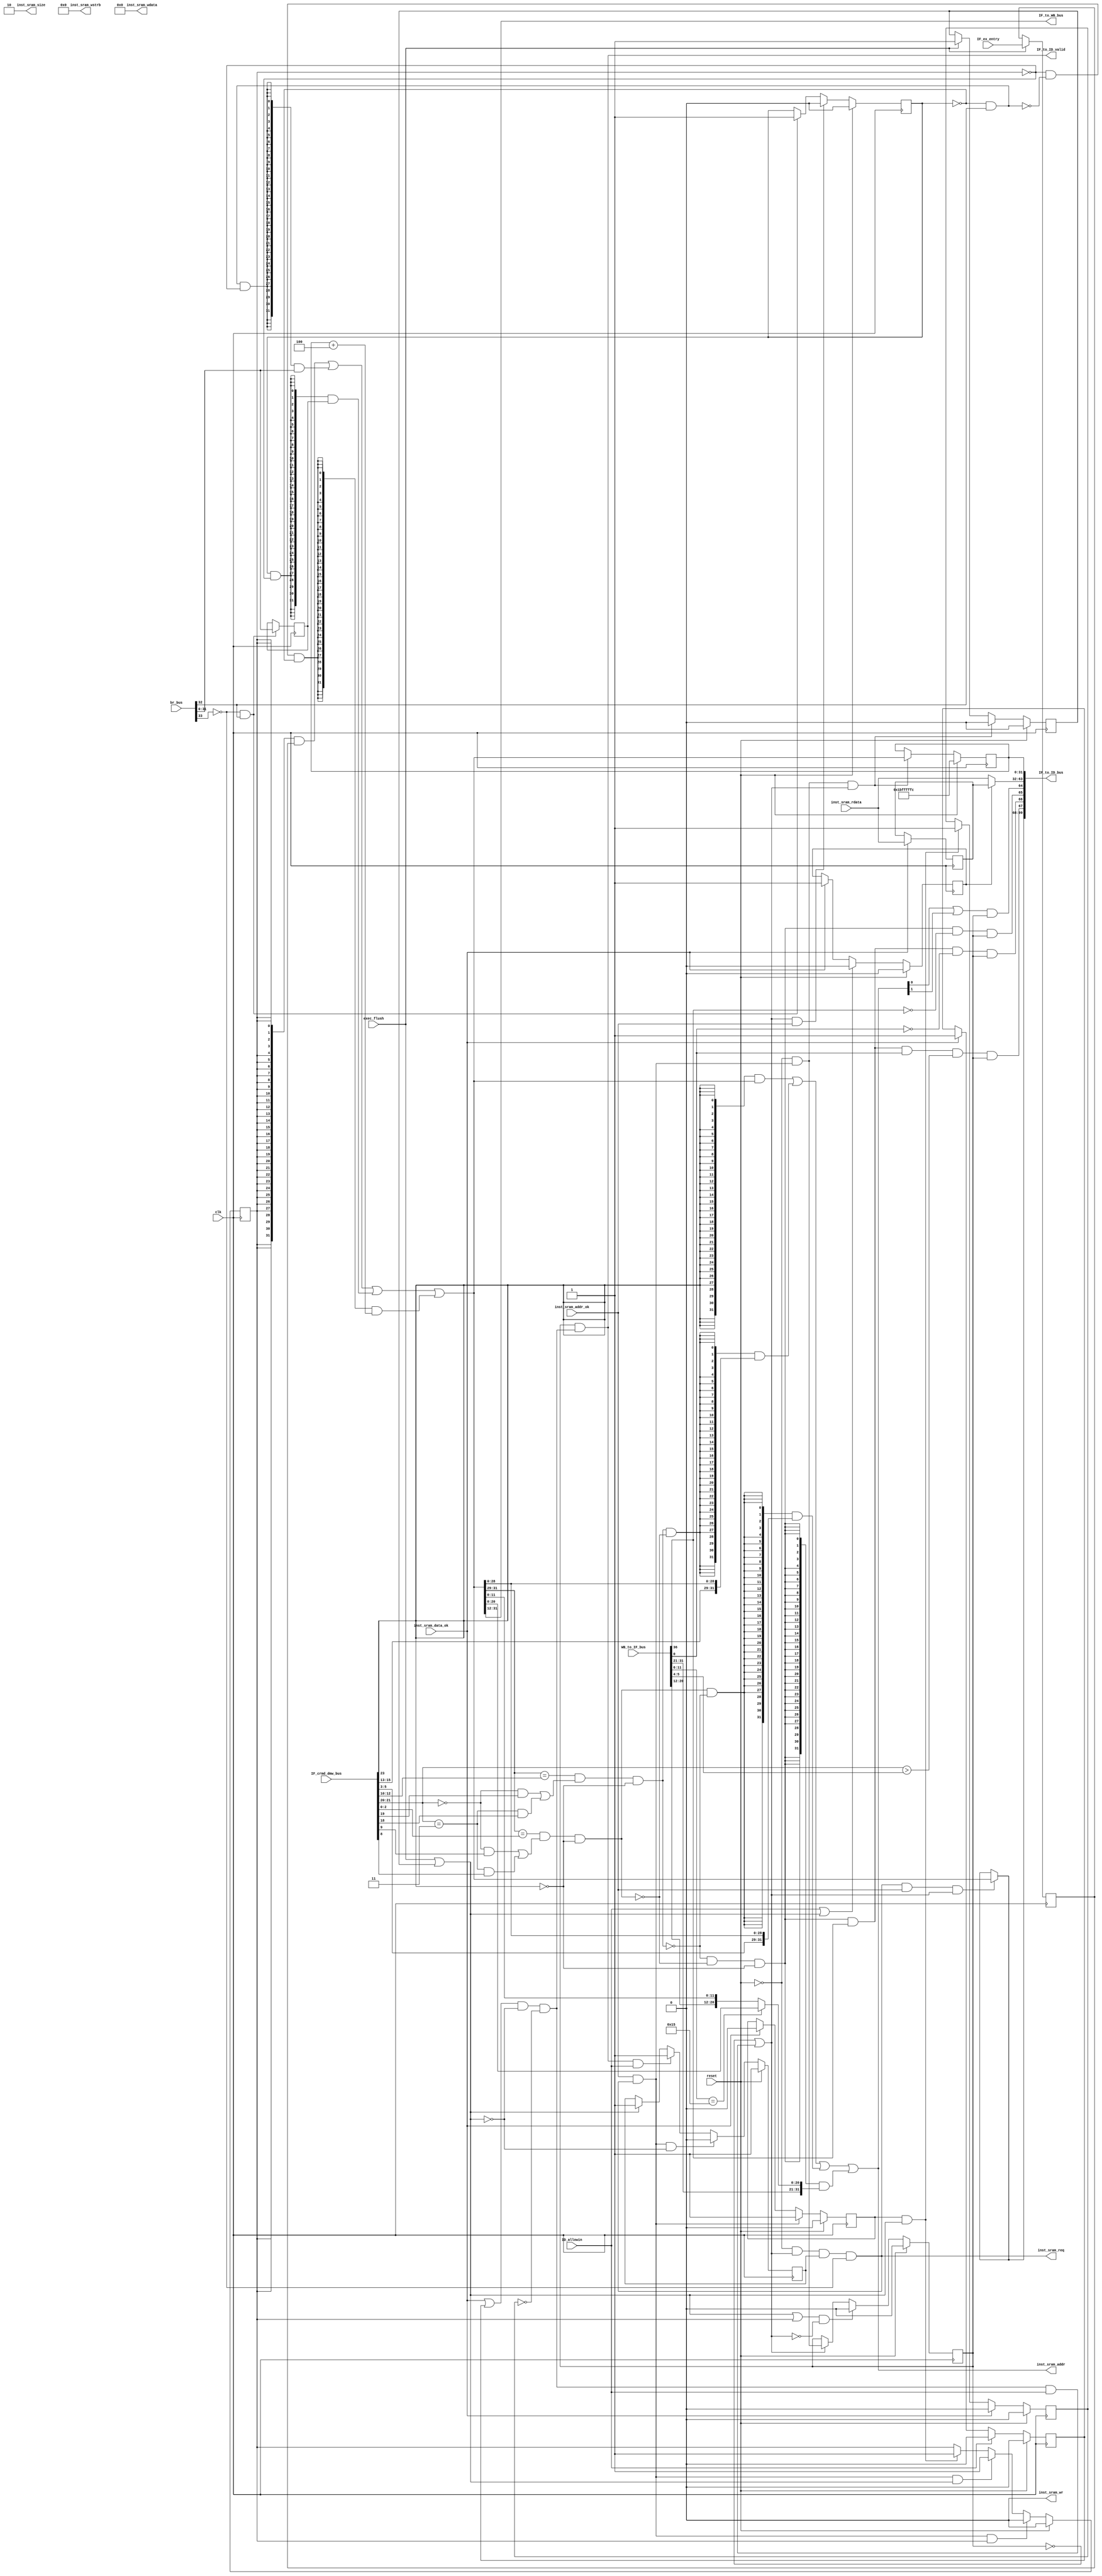
module IF_stage(
    input         clk,
    input         reset,
    input         ID_allowin,
    input  [33:0] br_bus,
    output        IF_to_ID_valid,
    output [99:0] IF_to_ID_bus,
    output [19:0] IF_to_WB_bus,
    input  [23:0] IF_crmd_dmw_bus,
    input  [36:0] WB_to_IF_bus,
    input         exec_flush,
    input  [31:0] IF_ex_entry,
    output        inst_sram_req,
    output        inst_sram_wr,
    output [ 1:0] inst_sram_size,
    output [ 3:0] inst_sram_wstrb,
    output [31:0] inst_sram_addr,
    output [31:0] inst_sram_wdata,
    input         inst_sram_addr_ok,
    input         inst_sram_data_ok,
    input  [31:0] inst_sram_rdata
);

wire        br_stall;    
reg         br_taken_r;    
wire        p_IF_to_IF_valid;
wire        p_IF_ready_go;
reg         p_IF_req_en;
wire        IF_inst_cancel;
reg         p_IF_addr_ok_r;
wire        p_IF_addr_ok;
reg         exec_flush_r_valid;
reg  [31:0] exec_entry_r;
reg         IF_data_ok_r;
wire        IF_data_ok;
reg  [31:0] IF_inst_buf;
reg         IF_inst_buf_valid;
reg  [31:0] br_target_r;
wire        IF_allowin;
reg         IF_throw;
reg         IF_valid;
wire        IF_ready_go;
reg  [31:0] IF_pc;
wire [31:0] nextpc;
wire [31:0] seq_pc;
wire [31:0] IF_inst;
wire        IF_ex_adef;
reg         p_IF_entry_req_r;
wire        IF_crmd_da;
wire        IF_crmd_pg;
wire [ 1:0] IF_crmd_plv;
wire        IF_dmw0_plv0;
wire        IF_dmw0_plv3;
wire [ 1:0] IF_dmw0_mat;
wire [ 2:0] IF_dmw0_pseg;
wire [ 2:0] IF_dmw0_vseg;
wire        IF_dmw1_plv0;
wire        IF_dmw1_plv3;
wire [ 1:0] IF_dmw1_mat;
wire [ 2:0] IF_dmw1_pseg;
wire [ 2:0] IF_dmw1_vseg;
wire        IF_dmw0_hit;
wire        IF_dmw1_hit;
wire        IF_tlb_hit;
wire [31:0] IF_tlb_paddr;
wire        IF_s0_found;
wire [ 3:0] IF_s0_index;
wire [19:0] IF_s0_ppn;
wire [ 5:0] IF_s0_ps;
wire [ 1:0] IF_s0_plv;
wire [ 1:0] IF_s0_mat;
wire        IF_s0_d;
wire        IF_s0_v;
wire        IF_ex_tlbr;
wire        IF_ex_pif;
wire        IF_ex_ppi;
wire [31:0] IF_ex_baddr;

assign IF_to_ID_bus[99:0] = {
    IF_ex_baddr[31:0],  //99:68
    IF_ex_ppi,          //67
    IF_ex_pif,          //66
    IF_ex_tlbr,         //65
    IF_ex_adef,         //64
    IF_inst[31:0],      //63:32
    IF_pc[31:0]         //31:0
};
    
assign inst_sram_wr           = 1'b0;
assign inst_sram_wstrb[ 3: 0] = {4{1'b0}};
assign inst_sram_wdata[31: 0] = 32'b0;
assign inst_sram_size [ 1: 0] = {1'b1, 1'b0};
assign inst_sram_req          = ~reset & IF_allowin & p_IF_req_en & ~br_stall;
assign inst_sram_addr [31: 0] = {{32{IF_crmd_da}} & nextpc}
                              | {{32{IF_dmw0_hit & ~IF_dmw1_hit}} & {IF_dmw0_pseg, nextpc[28:0]}}
                              | {{32{IF_dmw1_hit & ~IF_dmw0_hit}} & {IF_dmw1_pseg, nextpc[28:0]}}
                              | {{32{IF_tlb_hit}} & IF_tlb_paddr};

assign br_stall = br_bus[33];

assign p_IF_ready_go = p_IF_addr_ok & inst_sram_req;
assign p_IF_to_IF_valid  = ~reset & p_IF_ready_go;
assign p_IF_addr_ok = inst_sram_addr_ok;

assign IF_ready_go = (IF_data_ok | IF_data_ok_r) & ~IF_inst_cancel & ~IF_throw;
assign IF_allowin = !IF_valid | IF_ready_go & ID_allowin;
assign IF_to_ID_valid = IF_valid & IF_ready_go;
assign IF_data_ok = inst_sram_data_ok;
assign IF_inst = IF_inst_buf_valid ? IF_inst_buf : inst_sram_rdata;

assign IF_inst_cancel = exec_flush | exec_flush_r_valid;  
assign nextpc[31:0] = {32{p_IF_entry_req_r}} & exec_entry_r[31:0]
                    | {32{~br_taken_r & br_bus[32] & ~p_IF_entry_req_r}} & br_bus[31:0]
                    | {32{br_taken_r & ~p_IF_entry_req_r}} & br_target_r[31:0]
                    | {32{~p_IF_entry_req_r & ~(~br_taken_r & br_bus[32]) & ~br_taken_r}} & seq_pc;
assign seq_pc = IF_pc + 32'h4;

assign IF_dmw0_hit  = (nextpc[31:29] == IF_dmw0_vseg) & 
                        ((IF_crmd_plv == 2'b00 && IF_dmw0_plv0) || (IF_crmd_plv == 2'b11 && IF_dmw0_plv3)) &
                        ~IF_crmd_da;
assign IF_dmw1_hit  = (nextpc[31:29] == IF_dmw1_vseg) & 
                        ((IF_crmd_plv == 2'b00 && IF_dmw1_plv0) || (IF_crmd_plv == 2'b11 && IF_dmw1_plv3)) &
                        ~IF_crmd_da;
assign IF_tlb_hit   = ~IF_dmw0_hit & ~IF_dmw1_hit & ~IF_crmd_da;
assign IF_tlb_paddr = IF_s0_ps == 6'd21 ? {IF_s0_ppn[19:9], nextpc[20:0]} : {IF_s0_ppn[19:0], nextpc[11:0]};

assign IF_ex_adef  = (inst_sram_addr[0] | inst_sram_addr[1]) & IF_valid;
assign IF_ex_tlbr  = IF_tlb_hit & ~IF_s0_found & IF_valid;
assign IF_ex_pif   = IF_tlb_hit & IF_s0_found & ~IF_s0_v & IF_valid;
assign IF_ex_ppi   = IF_tlb_hit & IF_s0_found & IF_s0_v & (IF_crmd_plv > IF_s0_plv) & IF_valid;
assign IF_ex_baddr = (inst_sram_req && p_IF_addr_ok && IF_allowin) ? nextpc : IF_ex_baddr;

assign {
    IF_crmd_da,
    IF_crmd_pg,
    IF_crmd_plv[1:0],
    IF_dmw0_plv0,
    IF_dmw0_plv3,
    IF_dmw0_mat[1:0],
    IF_dmw0_pseg[2:0],
    IF_dmw0_vseg[2:0],
    IF_dmw1_plv0,
    IF_dmw1_plv3,
    IF_dmw1_mat[1:0],
    IF_dmw1_pseg[2:0],
    IF_dmw1_vseg[2:0]
} = IF_crmd_dmw_bus[23:0];

assign IF_to_WB_bus[19:0] = nextpc[31:12];
assign {
    IF_s0_found,
    IF_s0_index[3:0],
    IF_s0_ppn[19:0],
    IF_s0_ps[5:0],
    IF_s0_plv[1:0],
    IF_s0_mat[1:0],
    IF_s0_d,
    IF_s0_v
} = WB_to_IF_bus[36:0];

always @(posedge clk) begin
    if(reset)
        p_IF_req_en <= 1'b1;
    else if(inst_sram_req & p_IF_addr_ok & ~IF_inst_cancel)
        p_IF_req_en <= 1'b0;
    else if(IF_to_ID_valid & ID_allowin)
        p_IF_req_en <= 1'b1;
    else if(IF_inst_cancel)
        p_IF_req_en <= 1'b1;
end

always @(posedge clk)begin
    if(reset)
        p_IF_entry_req_r <= 1'b0;
    else if(inst_sram_req & p_IF_addr_ok & p_IF_entry_req_r)
        p_IF_entry_req_r <= 1'b0;
    else if(inst_sram_req & p_IF_addr_ok & IF_inst_cancel)
        p_IF_entry_req_r <= 1'b1;
    else if(p_IF_addr_ok_r & IF_inst_cancel)
        p_IF_entry_req_r <= 1'b1;
end

always @(posedge clk) begin
    if(reset)
        p_IF_addr_ok_r <= 1'b0;
    else if(inst_sram_req & p_IF_addr_ok)
        p_IF_addr_ok_r <= 1'b1;
    else if(IF_data_ok)
        p_IF_addr_ok_r <= 1'b0;
end

always @(posedge clk) begin
    if(reset)
        br_taken_r <= 1'b0;
    else if(IF_allowin & p_IF_addr_ok)
        br_taken_r <= 1'b0;
    else if(~br_stall & br_bus[32])
        br_taken_r <= 1'b1;
end
always @(posedge clk) begin
    if(~br_stall & br_bus[32])
        br_target_r <= br_bus[31:0];
end

always @(posedge clk) begin
    if(reset)
        exec_flush_r_valid <= 1'b0;
    else if(p_IF_to_IF_valid & IF_allowin)
        exec_flush_r_valid <= 1'b0;
    else if(exec_flush)
        exec_flush_r_valid <= 1'b1;
end
always @(posedge clk) begin
    if(exec_flush)
        exec_entry_r <= IF_ex_entry;
end

always @(posedge clk) begin
    if(reset) begin
        IF_pc <= 32'h1bfffffc;
    end
    else if(IF_allowin & p_IF_to_IF_valid)begin
        IF_pc <= nextpc;
    end
end
always @(posedge clk) begin
    if(reset) begin
        IF_valid <= 1'b0;
    end
    else if((IF_inst_cancel | p_IF_entry_req_r) & !IF_allowin) begin
        IF_valid <= 1'b0;
    end
    else if(IF_allowin)begin
        IF_valid <= p_IF_to_IF_valid;
    end
end

always @(posedge clk) begin
    if(reset)
        IF_data_ok_r <= 1'b0;
    else if(ID_allowin)
        IF_data_ok_r <= 1'b0;
    else if(IF_data_ok)
        IF_data_ok_r <= 1'b1;
end

always @(posedge clk) begin
    if(reset)
        IF_inst_buf_valid <= 1'b0;
    else if(ID_allowin | IF_inst_cancel)
        IF_inst_buf_valid <= 1'b0;
    else if(IF_data_ok)
        IF_inst_buf_valid <= 1'b1;
end
always @(posedge clk) begin
    if(IF_data_ok)
        IF_inst_buf <= inst_sram_rdata;
end

always @(posedge clk) begin
    if(reset)
        IF_throw <= 1'b0;
    else if(IF_data_ok)
        IF_throw <= 1'b0;
    else if(IF_inst_cancel & p_IF_addr_ok_r)
        IF_throw <= 1'b1;
end
        
endmodule